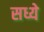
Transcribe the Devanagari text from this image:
सध्ये